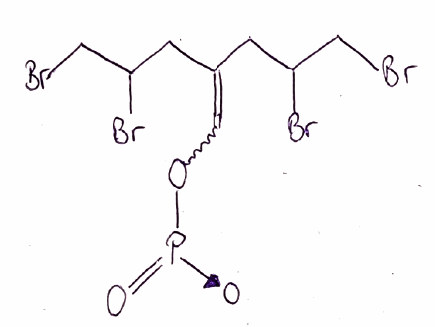
Simplified molecular-input line-entry system (SMILES) notation of the given molecule:
C(C(CBr)Br)C(=CO[P+](=O)[O-])CC(CBr)Br